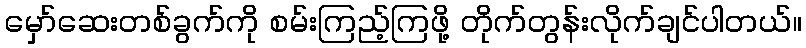
မှော်ဆေးတစ်ခွက်ကို စမ်းကြည့်ကြဖို့ တိုက်တွန်းလိုက်ချင်ပါတယ်။